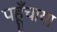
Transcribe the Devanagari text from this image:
पहूँचाया